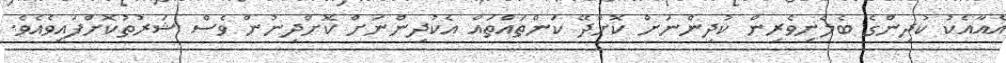
އެއާއެކު ކުދިންގެ ބެލެނިވެރިން ކުދިންނަށް ކޮށްދޭ ކަންތައްތައް އެކުދިންނަށް ކޮށްދިނުން ވެސް ޝަރުތުކޮށްފައިވެއެވެ.